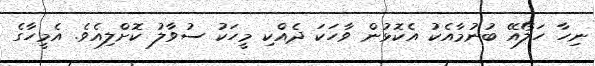
ނިހާ ހަލޯއޭ ބުނުމާއެކު އެކޮޅުން ވާހަކަ ދެއްކި މީހަކު ސުވާލު ކޮށްލިއެވެ. އެމީހާގެ